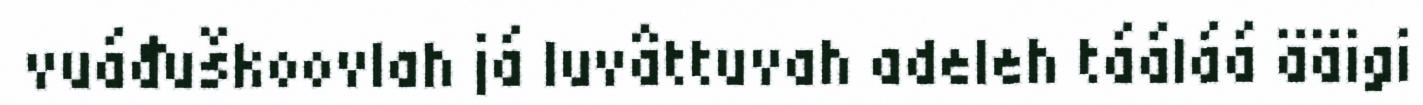
vuáđuškoovlah já luvâttuvah adeleh tááláá ääigi